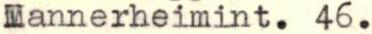
Mannerheimint. 46.